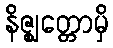
နိဇ္ဈတ္တောမှိ